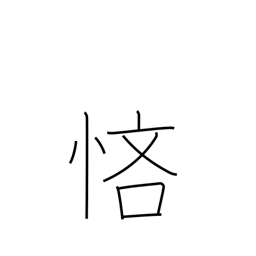
Meaning: stingy